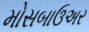
મોસબાઉઅર